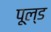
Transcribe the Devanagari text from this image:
पूल्ड